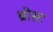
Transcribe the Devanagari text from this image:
ब्रोस्ट